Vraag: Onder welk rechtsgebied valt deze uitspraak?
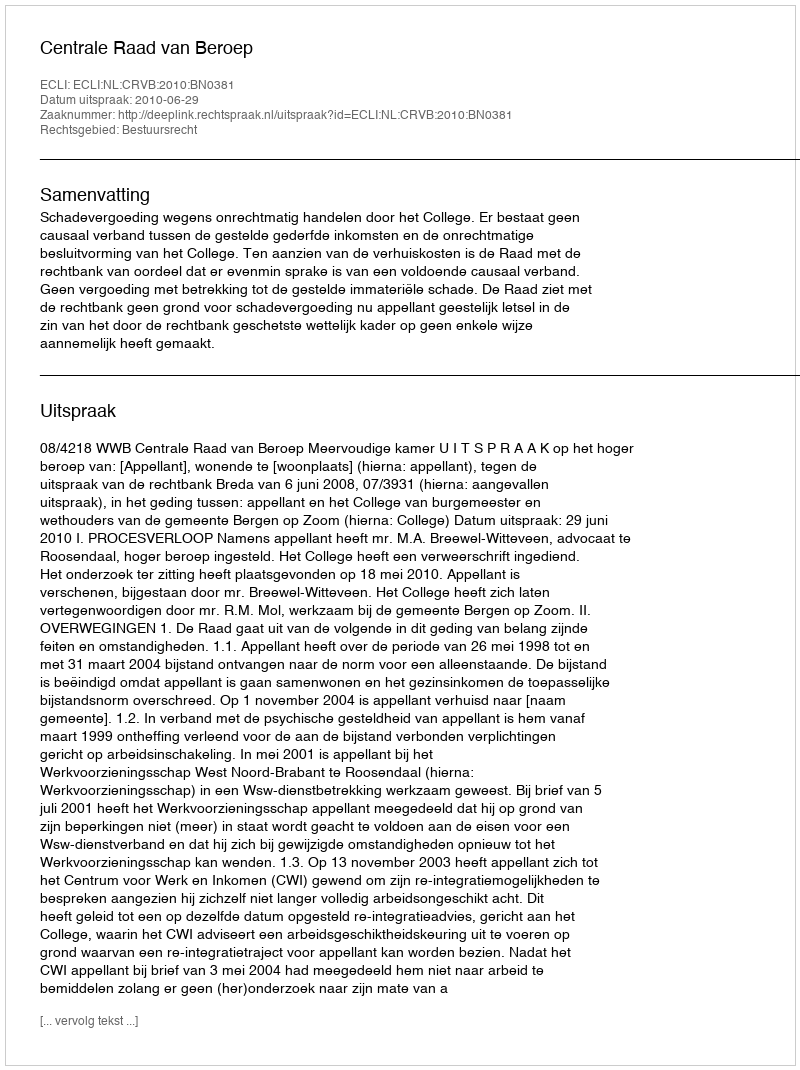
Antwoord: Bestuursrecht